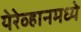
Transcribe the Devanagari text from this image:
येरेव्हानमध्ये